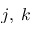
j , \; k